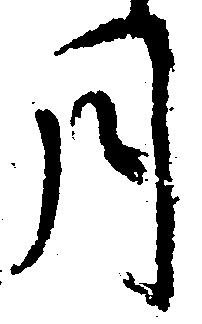
月